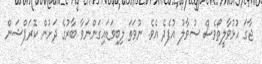
ޖާގަ ހުޅުވާލީތޯވެސް ސުވާލު އުފެދެ އެވެ. ނުވަތަ ލިބިވަަޑައިގަންނަވާ ބާރުގެ ދަށުން ކޮރަޕްޝަން